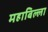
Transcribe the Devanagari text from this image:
महाबिल्ला